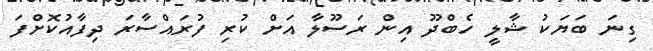
ގިނަ ބަޔަކު ޝާލީ ހެބްދޫ އިން ރަސޫލާ އަށް ކުރި ފުރައްސާރަ ދިފާއުކޮށްފަ